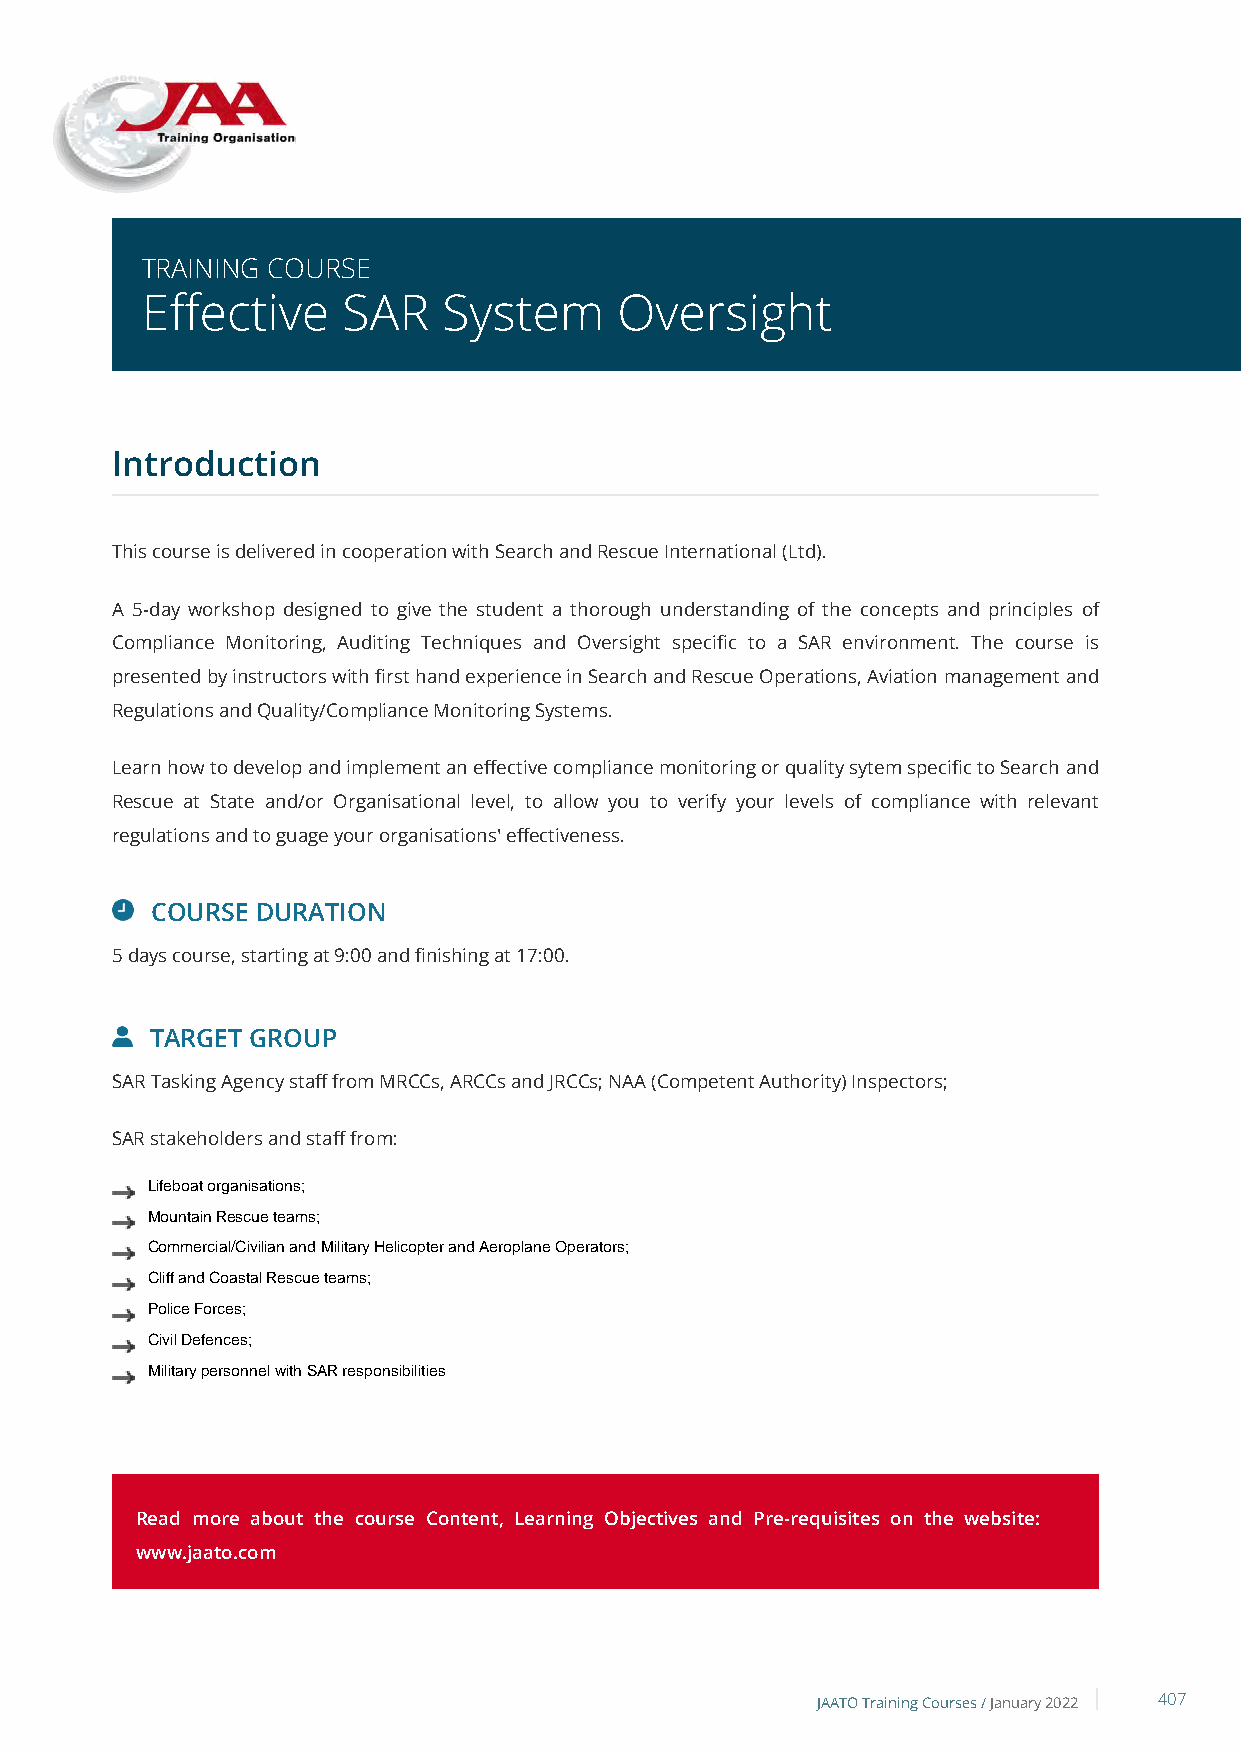
TRAINING COURSE
 Effective     SAR   System      Oversight
 Introduction
 This course is delivered in cooperation with Search and Rescue International (Ltd).
 A 5-day workshop designed to give the student a thorough understanding of the concepts and principles of
 Compliance Monitoring, Auditing Techniques and Oversight specific to a SAR environment. The course is
 presented by instructors with first hand experience in Search and Rescue Operations, Aviation management and
 Regulations and Quality/Compliance Monitoring Systems.
 Learn how to develop and implement an effective compliance monitoring or quality sytem specific to Search and
 Rescue at State and/or Organisational level, to allow you to verify your levels of compliance with relevant
 regulations and to guage your organisations' effectiveness.
 COURSE DURATION
 5 days course, starting at 9:00 and finishing at 17:00.
 TARGET GROUP
 SAR Tasking Agency staff from MRCCs, ARCCs and JRCCs; NAA (Competent Authority) Inspectors;
 SAR stakeholders and staff from:
 Lifeboat organisations;
 Mountain Rescue teams;
 Commercial/Civilian and Military Helicopter and Aeroplane Operators;
 Cliff and Coastal Rescue teams;
 Police Forces;
 Civil Defences;
 Military personnel with SAR responsibilities
 Read more about the course Content, Learning Objectives and Pre-requisites on the website:
 www.jaato.com
 JAATO Training Courses /January 2022 407